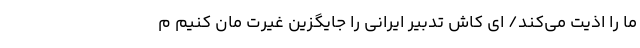
ما را اذیت می‌کند/ ای کاش تدبیر ایرانی را جایگزین غیرت مان کنیم م